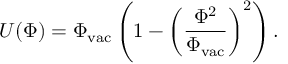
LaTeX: U ( \Phi ) = \Phi _ { \mathrm { v a c } } \left( 1 - \left( \frac { \Phi ^ { 2 } } { \Phi _ { \mathrm { v a c } } } \right) ^ { 2 } \right) .